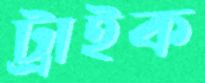
ট্রাইক